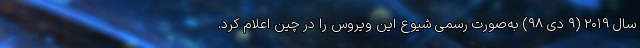
سال ۲۰۱۹ (۹ دی ۹۸) به‌صورت رسمی شیوع این ویروس را در چین اعلام کرد.